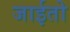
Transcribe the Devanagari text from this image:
जाईतो